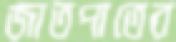
জাতপাতের